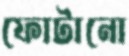
ফোটানো